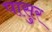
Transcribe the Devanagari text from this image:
पासुर